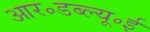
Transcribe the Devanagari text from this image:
आर॰डब्ल्यू॰ई